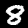
Digit: 8